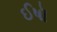
ઈષૉ